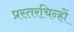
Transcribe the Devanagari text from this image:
प्रस्तरचिन्हों